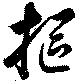
摳